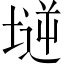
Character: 𡏤